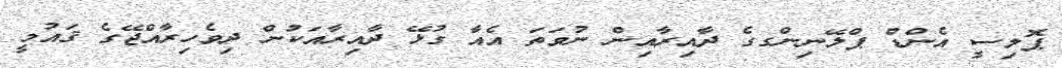
ޕޮލިސީ އެންޑް ޕްލޭނިންގގެ ދާއިރާއިން ނުވަތަ އެއާ ގުޅޭ ދާއިރާއަކުން ދިވެހިރާއްޖޭގެ ޤައުމީ